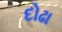
દોઢા